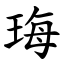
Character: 珻